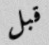
قبل